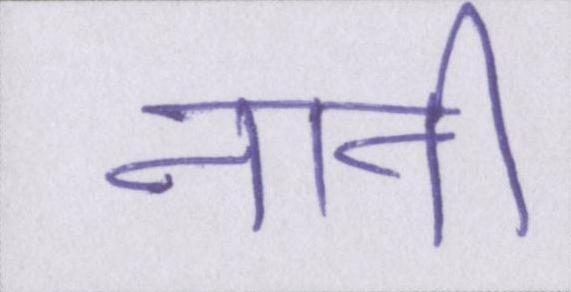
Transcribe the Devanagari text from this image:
नानी